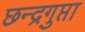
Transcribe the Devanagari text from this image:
छन्द्रगुप्ता